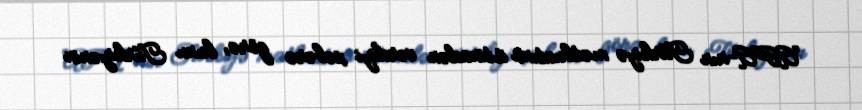
APA-nın Türkiyə mətbuatına istinadən verdiyi xəbərə görə, bunu Türkiyənin